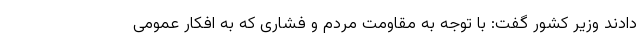
دادند وزیر کشور گفت: با توجه به مقاومت مردم و فشاری که به افکار عمومی